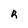
Character: R